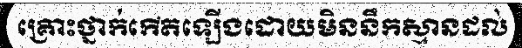
គ្រោះថ្នាក់កើតឡើងដោយមិននឹកស្មានដល់